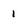
Character: 1